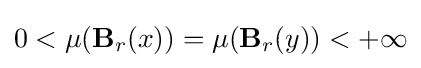
0<\mu (\mathbf {B} _{r}(x))=\mu (\mathbf {B} _{r}(y))<+\infty